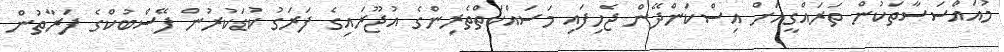
މުއައްސަސާތަކުން ތަރައްގީއަށް އިސްކަންދޭން ޖެހިފައި މަސައްކަތްތެރިންގެ އުޖޫރައިގެ ފަރަގު ކުޑަކުރުން ފޭސްބުކްގެ ފަރާތުން